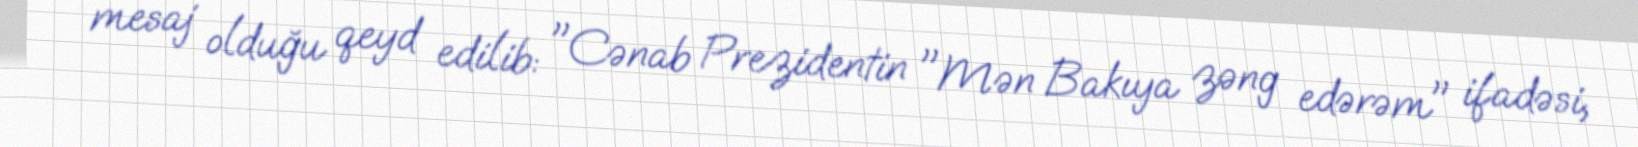
mesaj olduğu qeyd edilib: "Cənab Prezidentin "Mən Bakıya zəng edərəm" ifadəsi,